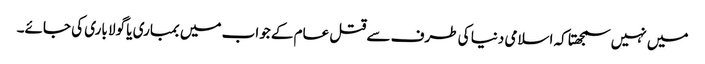
میں نہیں سمجھتا کہ اسلامی دنیا کی طرف سے قتل عام کے جواب میں بمباری یا گولا باری کی جائے۔